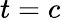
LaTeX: t=c